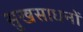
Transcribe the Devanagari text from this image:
सुखसाधनों